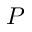
P